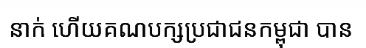
នាក់ ហើយគណបក្សប្រជាជនកម្ពុជា បាន